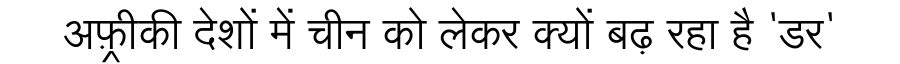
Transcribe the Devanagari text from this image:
अफ़्रीकी देशों में चीन को लेकर क्यों बढ़ रहा है 'डर'